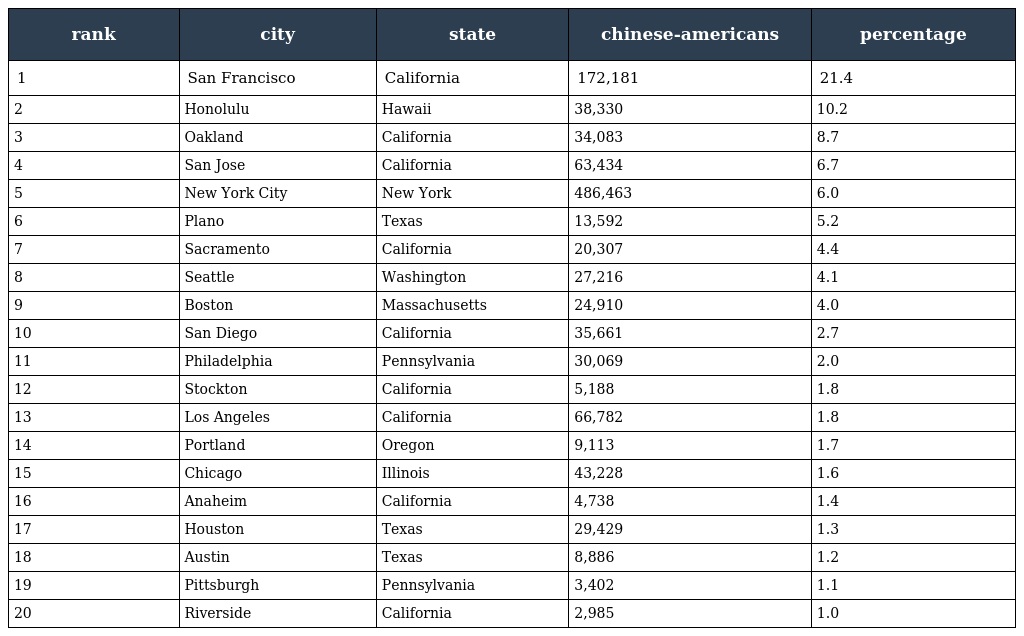
| rank | city | state | chinese-americans | percentage |
 | --- | --- | --- | --- | --- |
 | 1 | San Francisco | California | 172,181 | 21.4 |
 | 2 | Honolulu | Hawaii | 38,330 | 10.2 |
 | 3 | Oakland | California | 34,083 | 8.7 |
 | 4 | San Jose | California | 63,434 | 6.7 |
 | 5 | New York City | New York | 486,463 | 6.0 |
 | 6 | Plano | Texas | 13,592 | 5.2 |
 | 7 | Sacramento | California | 20,307 | 4.4 |
 | 8 | Seattle | Washington | 27,216 | 4.1 |
 | 9 | Boston | Massachusetts | 24,910 | 4.0 |
 | 10 | San Diego | California | 35,661 | 2.7 |
 | 11 | Philadelphia | Pennsylvania | 30,069 | 2.0 |
 | 12 | Stockton | California | 5,188 | 1.8 |
 | 13 | Los Angeles | California | 66,782 | 1.8 |
 | 14 | Portland | Oregon | 9,113 | 1.7 |
 | 15 | Chicago | Illinois | 43,228 | 1.6 |
 | 16 | Anaheim | California | 4,738 | 1.4 |
 | 17 | Houston | Texas | 29,429 | 1.3 |
 | 18 | Austin | Texas | 8,886 | 1.2 |
 | 19 | Pittsburgh | Pennsylvania | 3,402 | 1.1 |
 | 20 | Riverside | California | 2,985 | 1.0 |